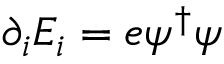
\partial _ { i } E _ { i } = e \psi ^ { \dagger } \psi